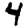
Digit: 4